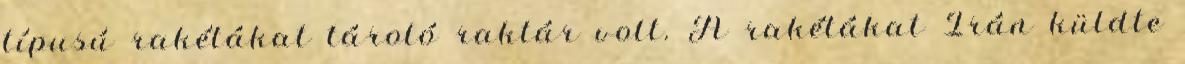
típusú rakétákat tároló raktár volt. A rakétákat Irán küldte